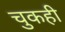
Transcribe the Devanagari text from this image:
चुकही